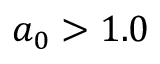
a _ { 0 } > 1 . 0